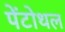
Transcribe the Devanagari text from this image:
पेंटोथल